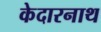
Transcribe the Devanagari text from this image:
केदारनाथ